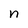
Character: n